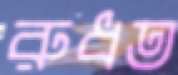
রুধত